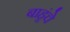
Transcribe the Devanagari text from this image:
बाहूंचे